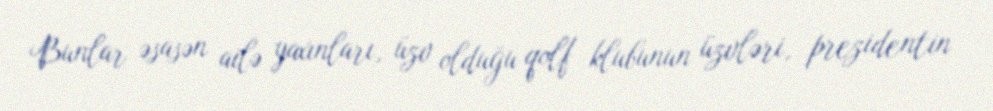
Bunlar əsasən ailə yaxınları, üzv olduğu qolf klubunun üzvləri, prezidentin